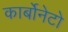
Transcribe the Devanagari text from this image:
कार्बोनेटो